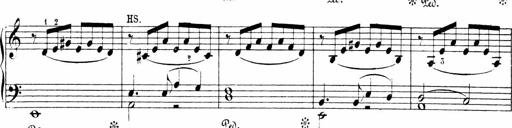
Title: 6 Sonatinas
Composer: Carl Reinecke